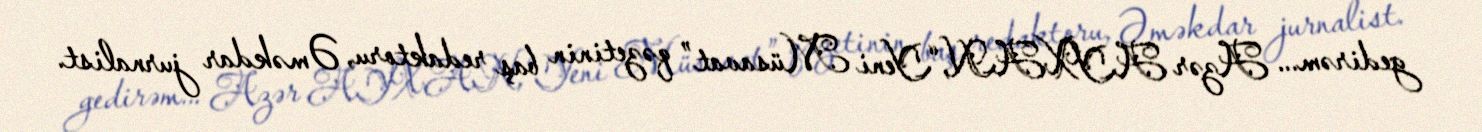
gedirəm... Azər AYXAN,“Yeni Müsavat” qəzetinin baş redaktoru, Əməkdar jurnalist.